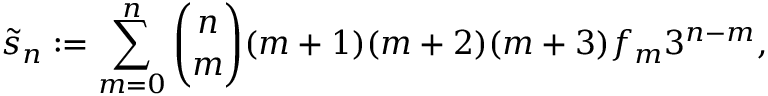
{ \widetilde { s } } _ { n } : = \sum _ { m = 0 } ^ { n } { \binom { n } { m } } ( m + 1 ) ( m + 2 ) ( m + 3 ) f _ { m } 3 ^ { n - m } ,